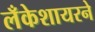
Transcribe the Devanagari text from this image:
लँकेशायरने